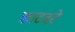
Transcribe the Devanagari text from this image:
काटवटे